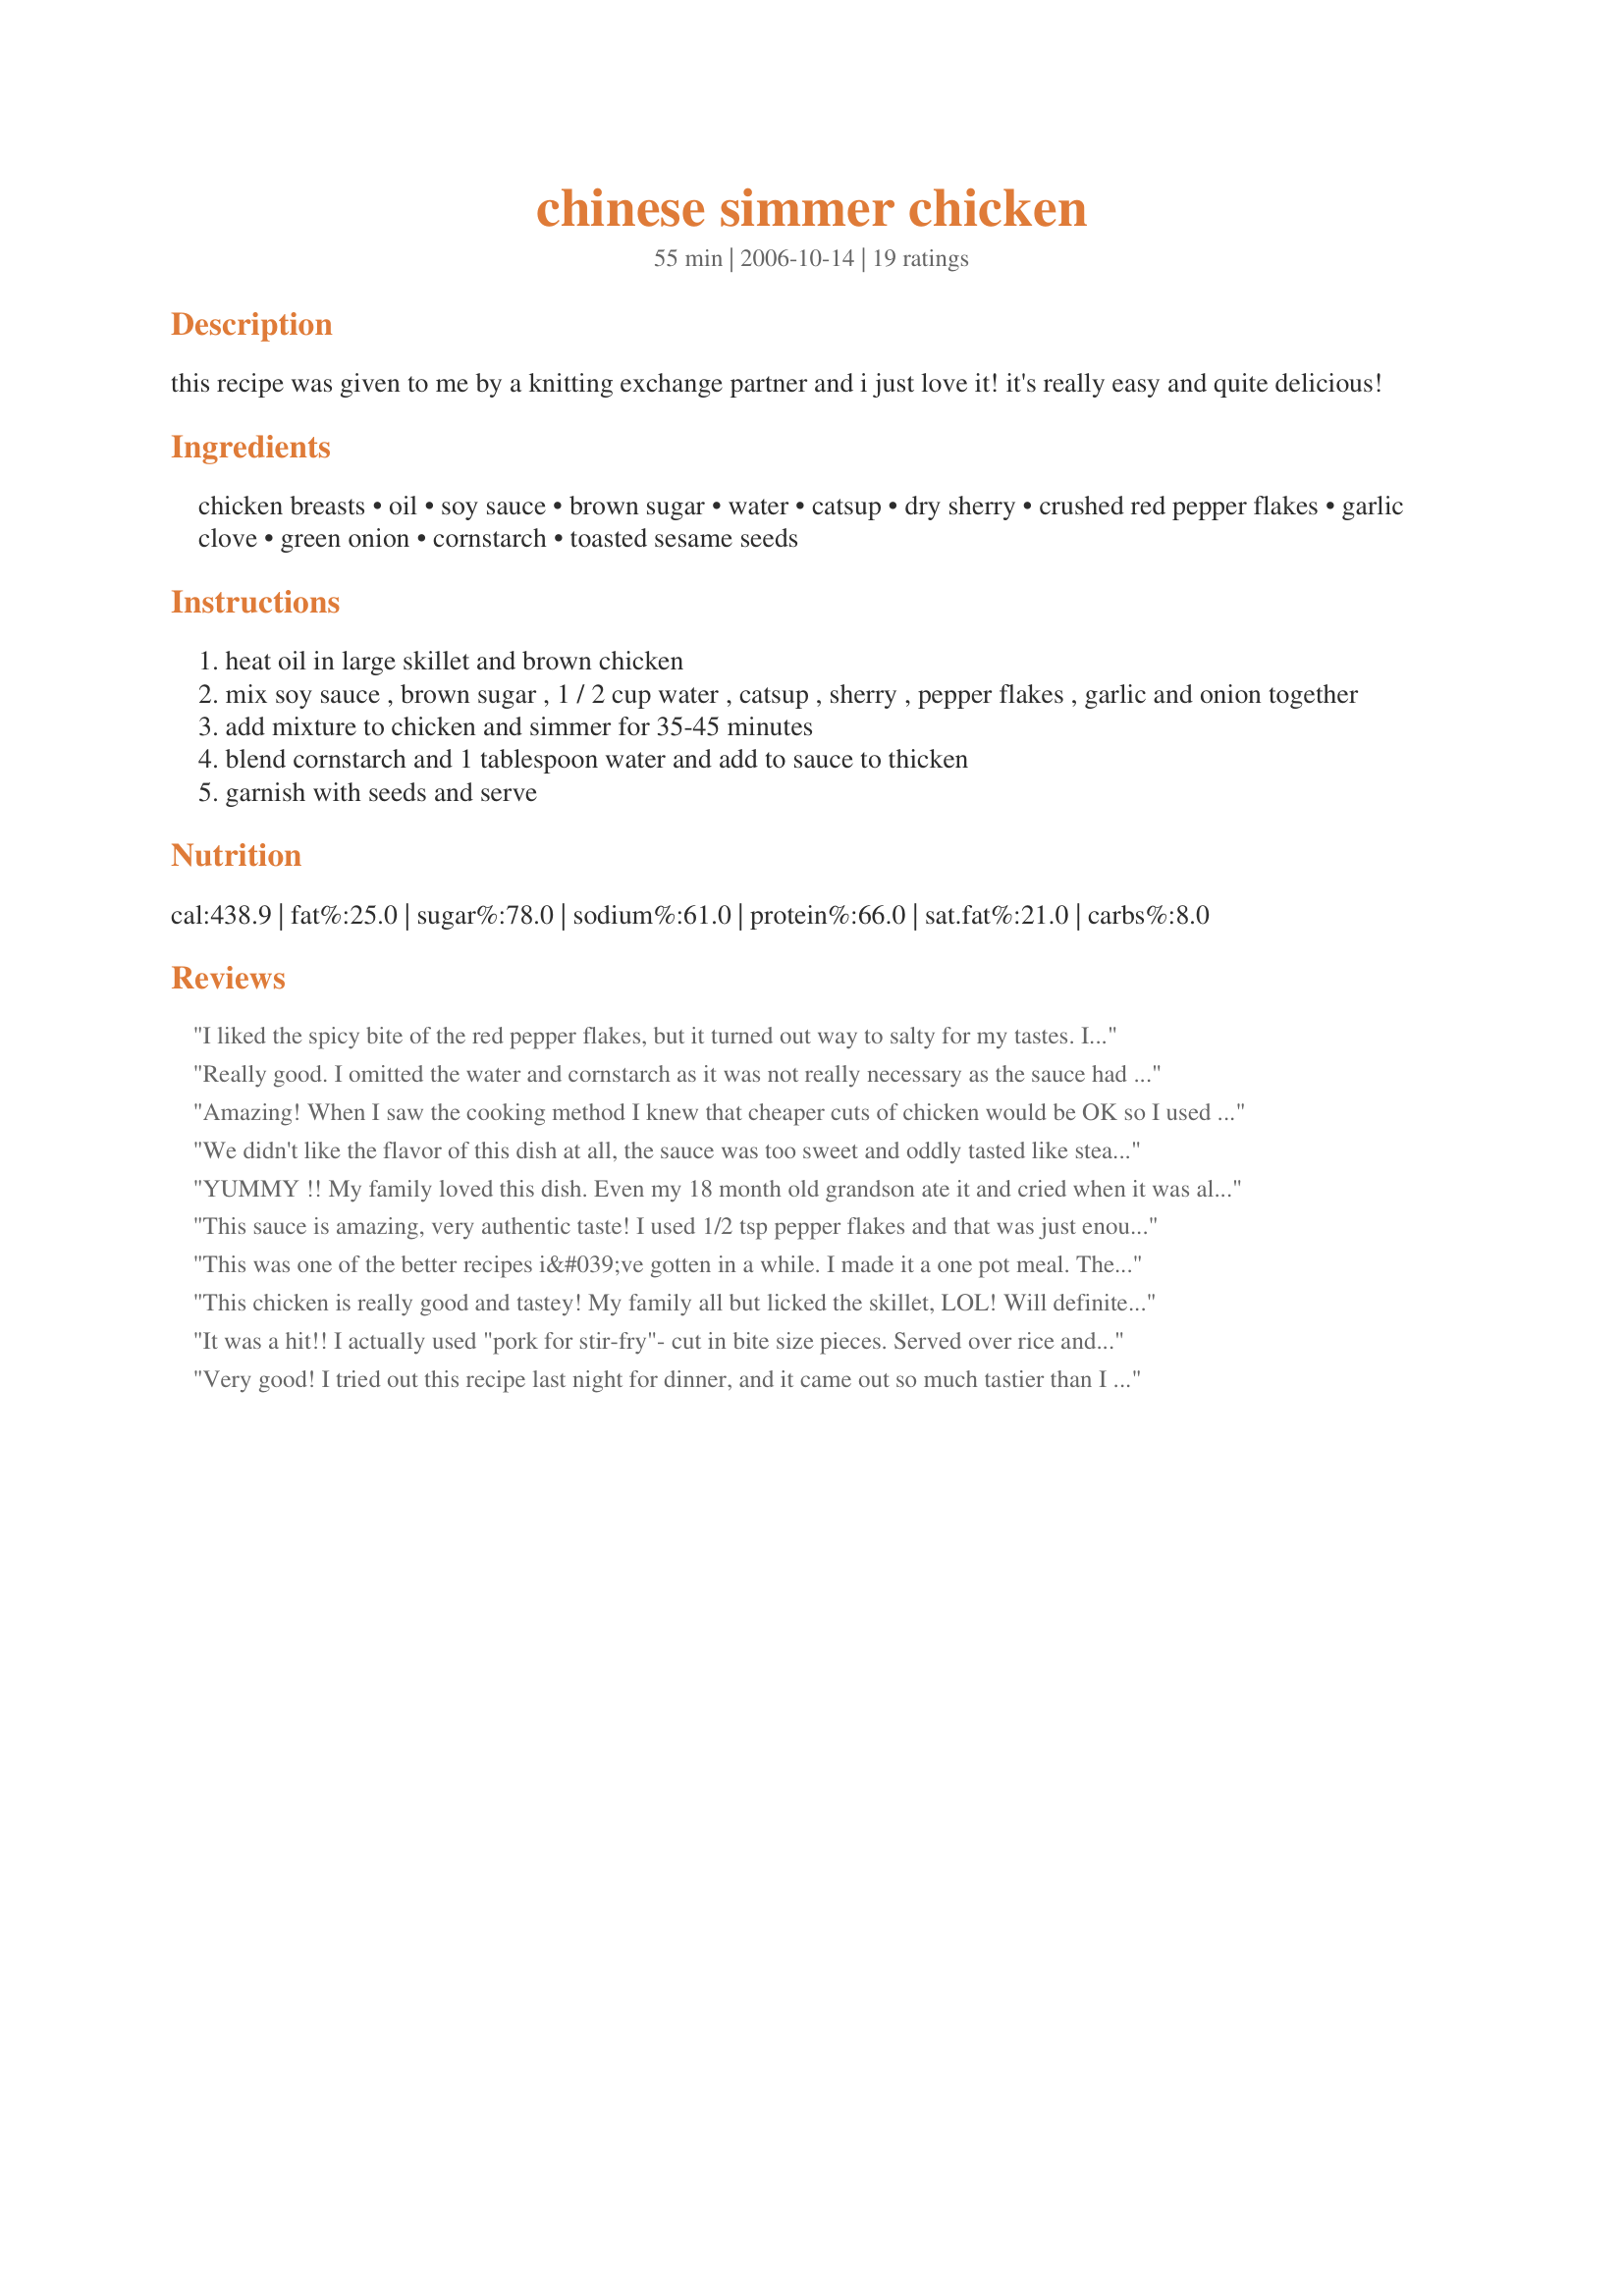
chinese simmer chicken
Preparation time: 55 minutes

this recipe was given to me by a knitting exchange partner and i just love it! it's really easy and quite delicious!

Ingredients:
chicken breasts, oil, soy sauce, brown sugar, water, catsup, dry sherry, crushed red pepper flakes, garlic clove, green onion, cornstarch, toasted sesame seeds

Steps:
heat oil in large skillet and brown chicken
mix soy sauce , brown sugar , 1 / 2 cup water , catsup , sherry , pepper flakes , garlic and onion together
add mixture to chicken and simmer for 35-45 minutes
blend cornstarch and 1 tablespoon water and add to sauce to thicken
garnish with seeds and serve

Reviews:
I liked the spicy bite of the red pepper flakes, but it turned out way to salty for my tastes. If I make this again, I will use less soy sauce (I used lower-sodium) & maybe pineapple juice, not sure. Thanks for the recipe anyway.
Really good. I omitted the water and cornstarch as it was not really necessary as the sauce had already thickened enough with the cooking. However, the sauce was so yummy I do believe I will double it next time as the chicken absorbed most of it. We all loved it, including my finicky children! Thanks!
Amazing! When I saw the cooking method I knew that cheaper cuts of chicken would be OK so I used chicken thighs instead of breasts and it was just great. I served over couscous but the sauce would be fantastic over rice as well. For anyone on a budget I'd say go for this recipe with a cheap cut of chicken and you can have a 5-star meal at a budget price.
We didn't like the flavor of this dish at all, the sauce was too sweet and oddly tasted like steak sauce.
YUMMY !! My family loved this dish. Even my 18 month old grandson ate it and cried when it was all gone !!
This sauce is amazing, very authentic taste! I used 1/2 tsp pepper flakes and that was just enough spice for me. I used chicken strips but next time I will use more chicken as there was plenty of sauce. I would also throw in some broccoli next time. Served over white rice. Yum!
This was one of the better recipes i&#039;ve gotten in a while. I made it a one pot meal. The only thing I changed was to use a nice Pinot Grigio instead of sherry. I started the rice cooker first, and doubled the sauce for my bone-in split chicken breast. Then when the chicken was done and removed, I put the sauce to a fast boil, and added a bag of fresh broccoli for about 4 minutes, we like it crisp. Then I threw in a handful of mushrooms that were in the &#039;use it or lose it&#039; zone. Once the mushrooms were done I added a little bit of starch to thicken the sauce. This sauce was good on everything. My girls (2 &amp; 6) ate everything on their plates. Thank you for a really easy, full meal.
This chicken is really good and tastey! My family all but licked the skillet, LOL!
Will definitely be making this again and again.
It was a hit!! I actually used "pork for stir-fry"- cut in bite size pieces. Served over rice and everybody ate it!! Thanks for a great, easy recipe. I used sherry, and think that a substitute wouldn't have the same, rich flavor.
6/09-- well, I was right. I didn't have any sherry (hiccup!) so used apple juice. It definitley has a better, richer, flavor when using the sherry.
Very good! I tried out this recipe last night for dinner, and it came out so much tastier than I thought it would! I didn't really know if the chicken was supposed to be chopped or not, as the recipe didn't say, but I did anyway. I also realized I didn't have any sherry or apple juice, but actually used some v8 Splash from the fridge! LOL! It includes pineapple/apple juice, so why not? :) Will be making this again, tasted very good over white rice. Thank you for sharing!
My very first recipe from Zaar this is what kept me coming back. I used cayenne pepper istead of the chilies and garlic powder instead of fresh garlic cloves. I have made this a couple of times and I've noticed that if you turn up the heat to high for a few minutes after the sauce is simmering it thickens very fast and you do not have to simmer it as long.
My family loved this recipe. For us it uses everything we have in our place. Great recipe to make during the busy week.
We loved this chicken. My only change was to add 1 teaspoon of a hot chili paste. We really liked this. Thank you very much for sharing this lovely recipe. It's going into our favorites! We served with rice - the sauce is wonderful.
I make this recipe often. It is an old Foster Farms recipe that calls for a whole chicken instead of chicken breast. Everything else is the same and the chicken comes out very flavorful and moist.
Made this last night. Was super simple and even my boys ate some. I was craving chinese, but didn&#039;t want the expense of ordering out, yet needed a recipe that used what we had on hand. This fit the bill perfectly. I used the apple juice instead of the sherry. Next time I might throw in some green or red peppers for more variety.
(I still can't tell if this was meant to be made with boneless chicken. I used bone-in breasts and had to simmer them for about an hour. We really prefer the boneless, so I would probably use those next time. I covered the chicken, but that would probably not be necessary with boneless chicken. The sauce was really good. I didn't add any sesame seeds because I didn't feel like toasting them. Used sherry and 1/2 tsp. pepper flakes. I served this with Recipe #105217. December 10, 2009) On this second attempt, I used boneless chicken. I cooked it for 45 minutes, which was too long. I should have stopped at 30 minutes. I also made 6 breasts and multiplied the other ingredients by 1.5, using 3/4 tsp. of pepper flakes. I forgot to buy cornstarch (one of those things I never thought I'd run out of) so I tried to boil the sauce down some. This didn't work well and made it too spicy. I did use the sesame seeds this time. I have attempted this recipe twice and had trouble both times. I will probably not make it again because of that. Sorry. I seldom rate anything as high as 4* and I don't remember why I thought it was that good the first time I made it. I will, however, allow that star rating to stand.
my family loved this recipe. My 8 yr old wanted to know if there was extra pieces.
This was good... served it over rice. Used chicken legs as well, and it turned out really tasty. I agree with another review, a little salty. Maybe more apple juice and less soy sauce next time. Thanks!
This was great, and so easy! The only change I made was that I used white wine instead of sherry or apple juice because that's what I had on hand. I will be making this many more times - quick to put together and did not involve anything difficult or time consuming...not to mention it tasted yummy! Thanks!
